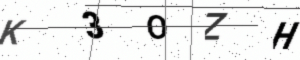
Text: K3OZH